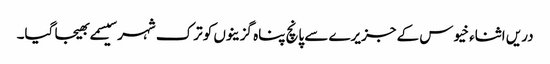
دریں اثناء خیوس کے جزیرے سے پانچ پناہ گزینوں کو ترک شہر سیسمے بھیجا گیا۔